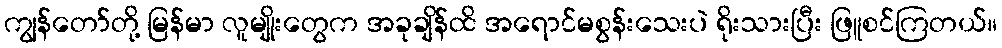
ကျွန်တော်တို့ မြန်မာ လူမျိုးတွေက အခုချိန်ထိ အရောင်မစွန်းသေးပဲ ရိုးသားပြီး ဖြူစင်ကြတယ်။